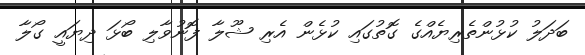
ބަދަލު ކުޅުންތެރިޔެއްގެ ގޮތުގައި ކުޅެން އެރި ޝޫލާ ފޮނުވާލި ބޯޅަ ދިޔައީ ގޯލާ